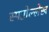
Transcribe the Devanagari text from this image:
स्पष्टोल्लेख